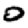
Digit: 0